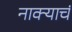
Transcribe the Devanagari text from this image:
नाक्याचं